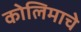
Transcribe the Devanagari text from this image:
कोलिमाचे